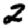
Digit: 2